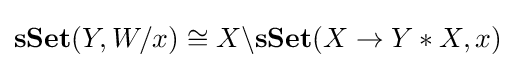
\mathbf {sSet} (Y,W/x)\cong X\backslash \mathbf {sSet} (X\rightarrow Y*X,x)